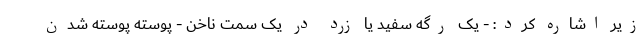
زیر اشاره کرد: - یک رگه سفید یا زرد در یک سمت ناخن - پوسته پوسته شدن